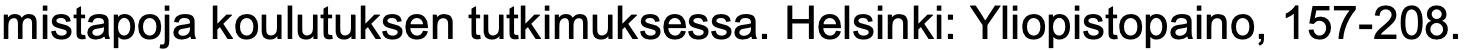
mistapoja koulutuksen tutkimuksessa. Helsinki: Yliopistopaino, 157-208.